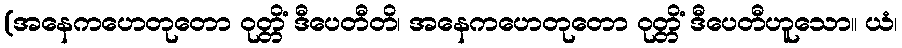
(အနေကဟေတုတော ဝုတ္တိံ ဒီပေတီတိ၊ အနေကဟေတုတော ဝုတ္တိံ ဒီပေတီဟူသော။ ယံ၊